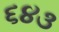
૬૪૩